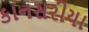
કાનસરીયા